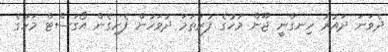
ދެވަނަ ދައުރު ހިނގާނީ ޖޫން މަހުގެ ފުރަތަމަ ދުވަހުން ފެށިގެން އޯގަސްޓް މަހުގެ